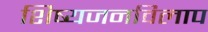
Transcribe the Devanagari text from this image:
शिष्यजनविलाप